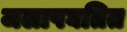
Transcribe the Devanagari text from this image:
जलापघतित